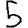
Digit: 5